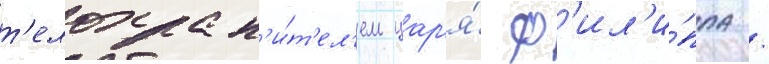
т'елохран'и́т'ел'ем цар'я́ ф'ил'и́ппа /